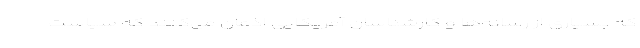
که بسیاری از رسانه‌ها و کارشناسان آمریکایی اذعان می‌کنند که سیاست